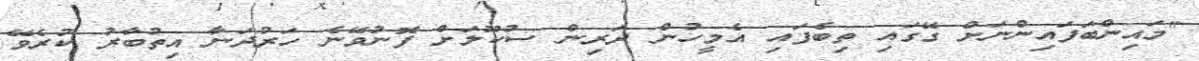
"މައިންބަފައިންނަށް ގޭގައި ތިބެފައި އެމީހުން ދަރިން ސުކޫލަށް ފޮނުވޭނެ ހަރުދަނާ އިތުބާރު ކުރެވޭ